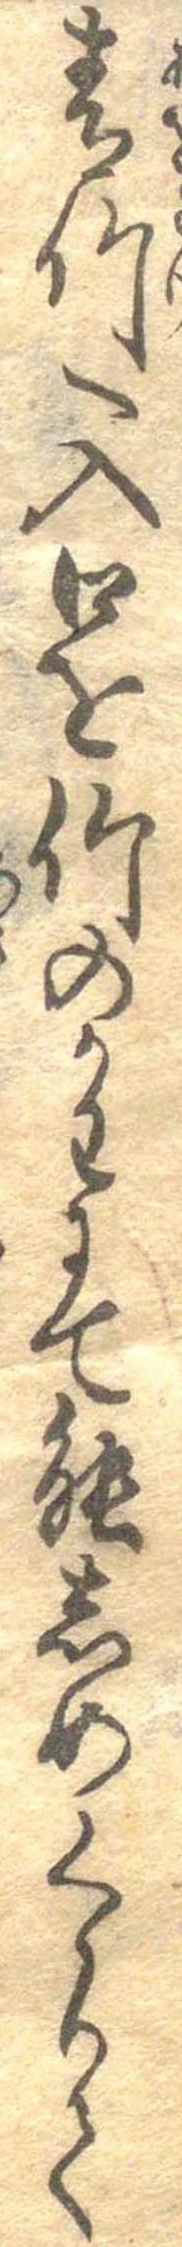
青竹へ入口を竹のかわにて能しめくゝりて